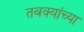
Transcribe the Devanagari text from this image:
तबक्यांच्या